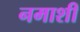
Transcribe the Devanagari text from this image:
नमाशी